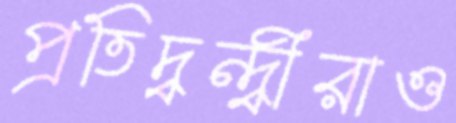
প্রতিদ্বন্দ্বীরাও